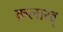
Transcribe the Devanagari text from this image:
क़लाख्‌